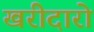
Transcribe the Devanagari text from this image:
खरीदारो